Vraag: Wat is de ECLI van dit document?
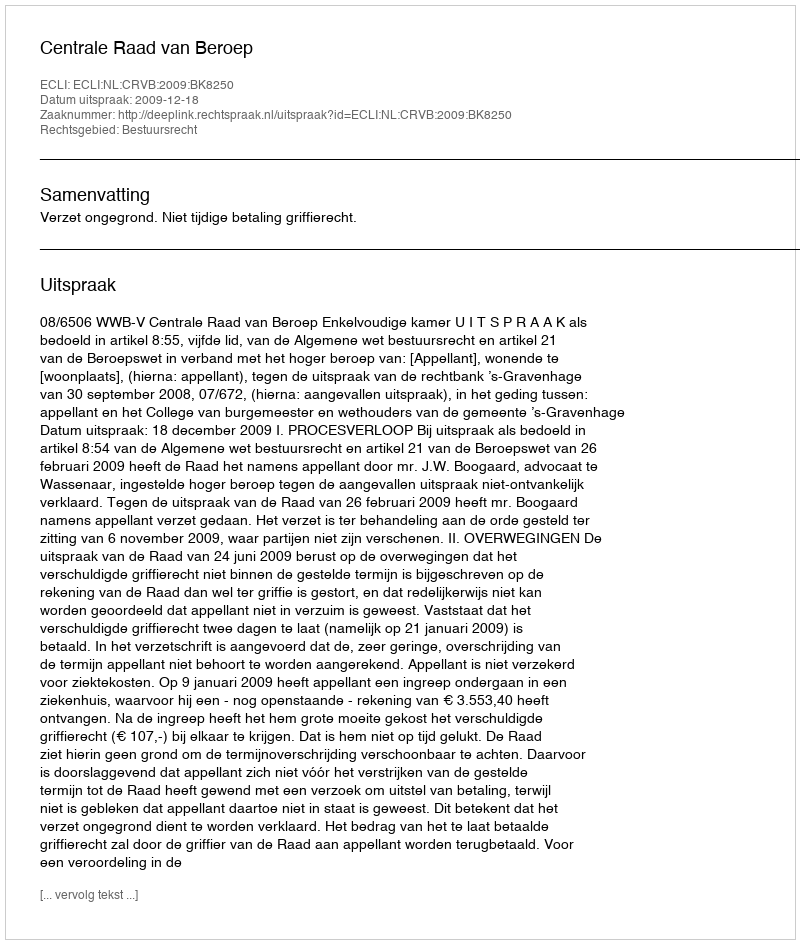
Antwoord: ECLI:NL:CRVB:2009:BK8250